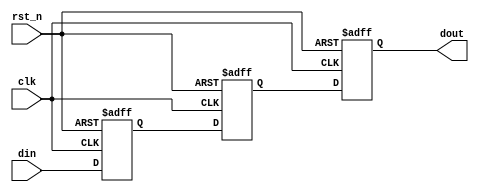
module TwoFF_Metastability_Detector (
    input wire clk,          // Clock signal
    input wire rst_n,       // Active low reset signal
    input wire din,         // Asynchronous input signal
    output reg dout         // Synchronized output signal
);

    reg ff1;                // First flip-flop
    reg ff2;                // Second flip-flop

    // Flip-Flop 1: Captures the input signal
    always @(posedge clk or negedge rst_n) begin
        if (!rst_n) begin
            ff1 <= 1'b0;   // Initialize to known state on reset
        end else begin
            ff1 <= din;    // Sample the input signal
        end
    end

    // Flip-Flop 2: Captures the output of FF1
    always @(posedge clk or negedge rst_n) begin
        if (!rst_n) begin
            ff2 <= 1'b0;   // Initialize to known state on reset
        end else begin
            ff2 <= ff1;    // Sample the output of FF1
        end
    end

    // Output signal is the output of the second flip-flop
    always @(posedge clk or negedge rst_n) begin
        if (!rst_n) begin
            dout <= 1'b0;   // Initialize output to known state on reset
        end else begin
            dout <= ff2;    // Output the stabilized signal
        end
    end

endmodule